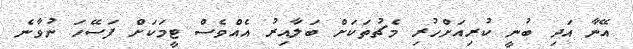
އޭނާ އަދި ބުނީ ކުރިއަށްހުރި މެޗުތަކަށް ބަލާއިރު އެއްވެސް ޓީމަކަށް ފަސޭހަ ނުވާނެ